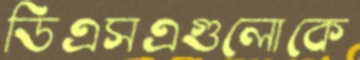
ডিএসএগুলোকে